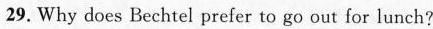
29. Why does Bechtel prefer to go out for lunch?